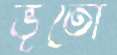
ভূতো